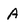
Character: A